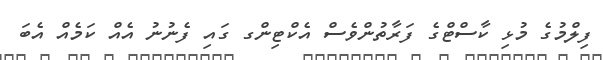
ފިލްމުގެ މުޅި ކާސްޓްގެ ފަރާތުންވެސް އެކްޓިންގ ގައި ފެނުނު އެއް ކަމެއް އެބަ